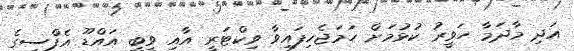
އަދި މާދަމާ ހަވީރު ކުޅުމަށް ހަމަޖެހިފައިވާ ވިކްޓަރީ އާއި ވީބީ އައްޑޫ އެފްސީގެ